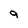
Character: 9